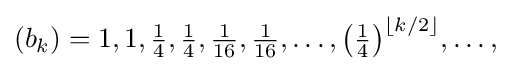
{\textstyle (b_{k})=1,1,{\frac {1}{4}},{\frac {1}{4}},{\frac {1}{16}},{\frac {1}{16}},\ldots ,{\bigl (}{\tfrac {1}{4}}{\bigr )}^{\left\lfloor k/2\right\rfloor },\ldots ,}